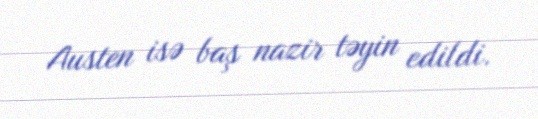
Austen isə baş nazir təyin edildi.